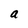
Character: a